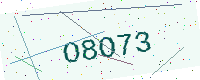
Text: O8O73